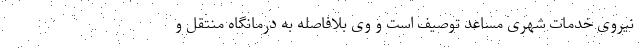
نیروی خدمات شهری مساعد توصیف است و وی بلافاصله به درمانگاه منتقل و